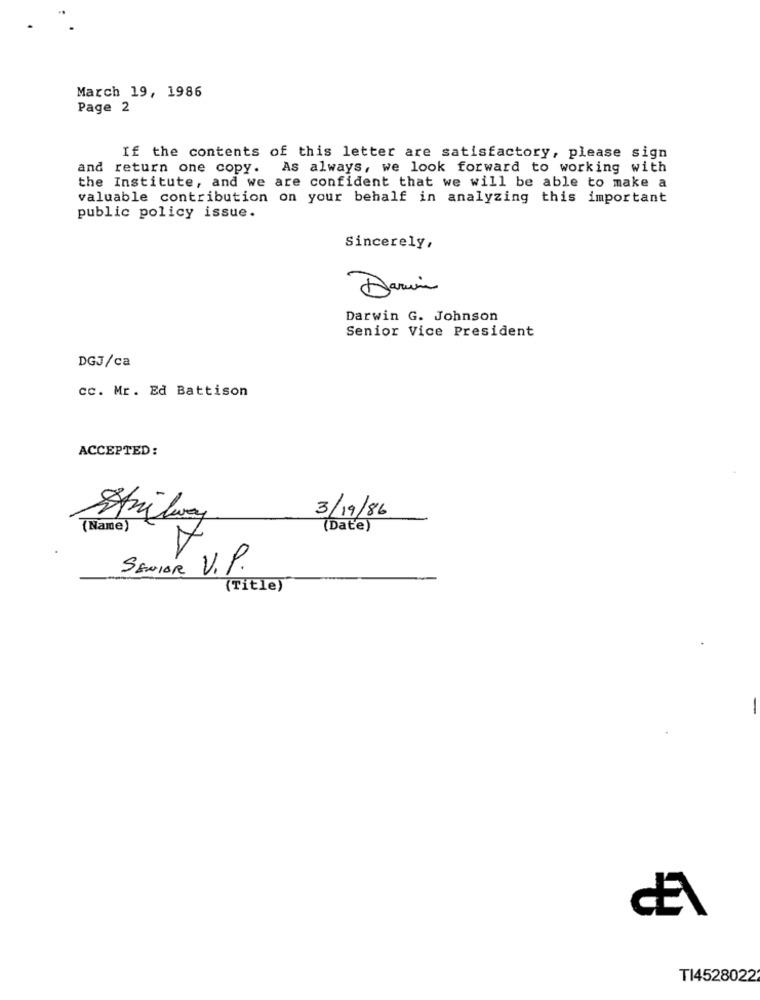
March 19, 1986
Page 2
If the contents of this letter are satisfactory, please sign
and return one copy. As always, we look forward to working with
the Institute, and we are confident that we will be able to make a
valuable contribution on your behalf in analyzing this important
public policy issue.
Sincerely,
Darin
Darwin G. Johnson
Senior Vice President
DGJ/ca
cc. Mr. Ed Battison
ACCEPTED:
3/19/86
Strilway
A
(Name)
(Date)
SENIOR V.P.
(Title)
TI4528022